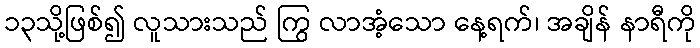
၁၃သို့ဖြစ်၍ လူသားသည် ကြွ လာအံ့သော နေ့ရက်၊ အချိန် နာရီကို